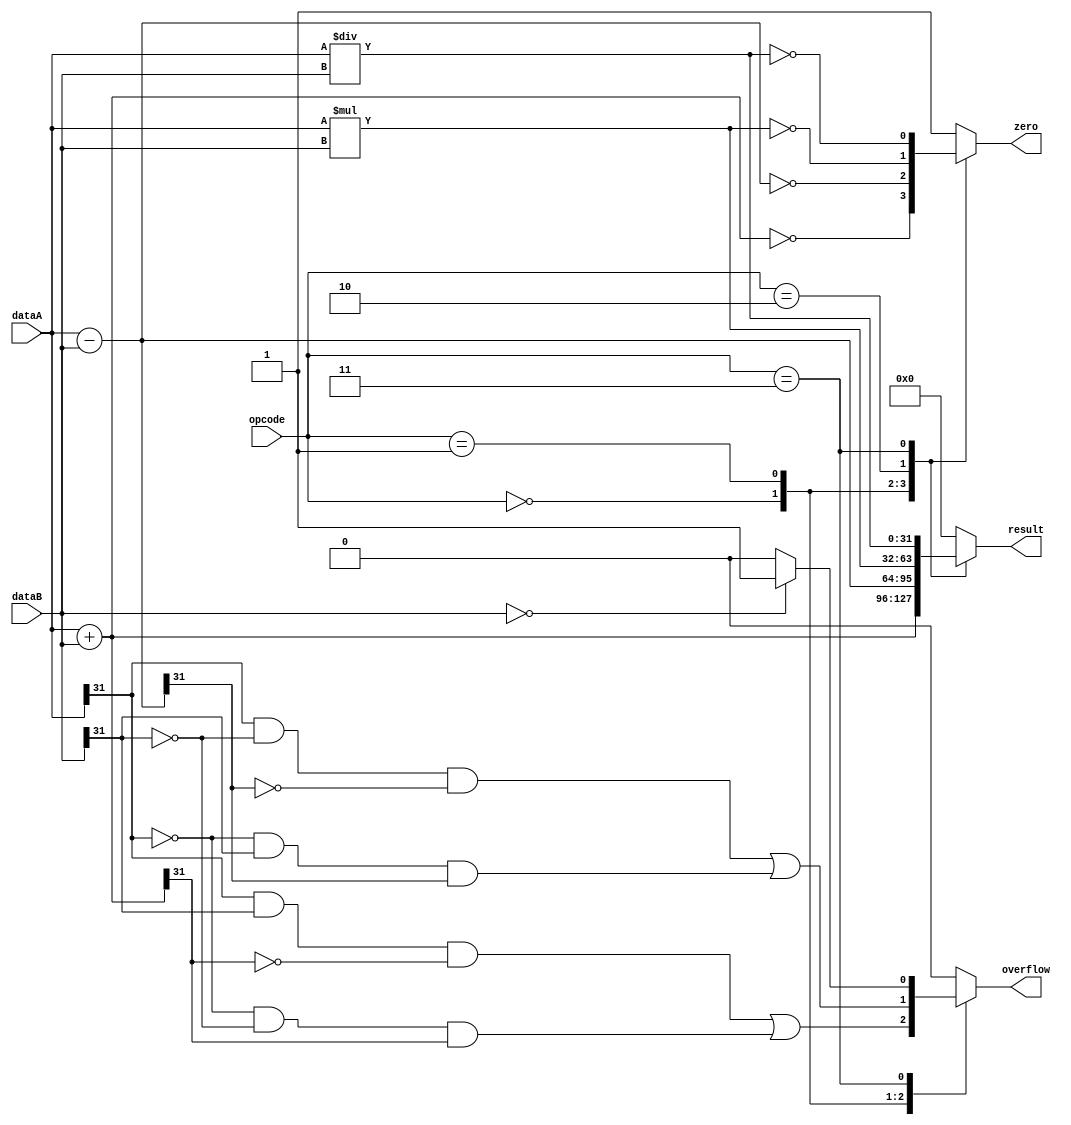
module ALU (
    input [31:0] dataA,
    input [31:0] dataB,
    input [2:0] opcode,
    output reg [31:0] result,
    output reg zero,
    output reg overflow
);

// Internal signals
reg [31:0] sum;
reg [31:0] difference;
reg [31:0] product;
reg [31:0] quotient;

// ALU operation block
always @*
begin
    case(opcode)
        3'b000: begin // Addition
            sum = dataA + dataB;
            zero = (sum == 0);
            result = sum;
            overflow = (dataA[31] & dataB[31] & ~sum[31]) | (~dataA[31] & ~dataB[31] & sum[31]);
        end
        3'b001: begin // Subtraction
            difference = dataA - dataB;
            zero = (difference == 0);
            result = difference;
            overflow = (dataA[31] & ~dataB[31] & ~difference[31]) | (~dataA[31] & dataB[31] & difference[31]);
        end
        3'b010: begin // Multiplication
            product = dataA * dataB;
            zero = (product == 0);
            result = product;
            overflow = (product != (dataA * dataB));
        end
        3'b011: begin // Division
            quotient = dataA / dataB;
            zero = (quotient == 0);
            result = quotient;
            // Handle division by zero exception
            if (dataB == 0)
                overflow = 1;
            else
                overflow = 0;
        end
        default: begin
            result = 32'b0;
            zero = 1;
            overflow = 0;
        end
    endcase
end

endmodule